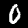
Digit: 0